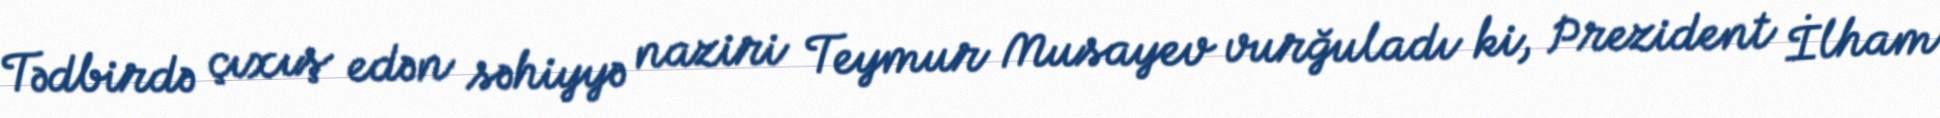
Tədbirdə çıxış edən səhiyyə naziri Teymur Musayev vurğuladı ki, Prezident İlham